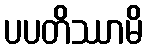
ပပတိဿာမိ